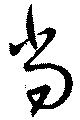
当